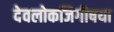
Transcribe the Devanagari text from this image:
देवलोकजिगीषया